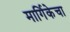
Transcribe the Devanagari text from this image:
मार्गिकेचा